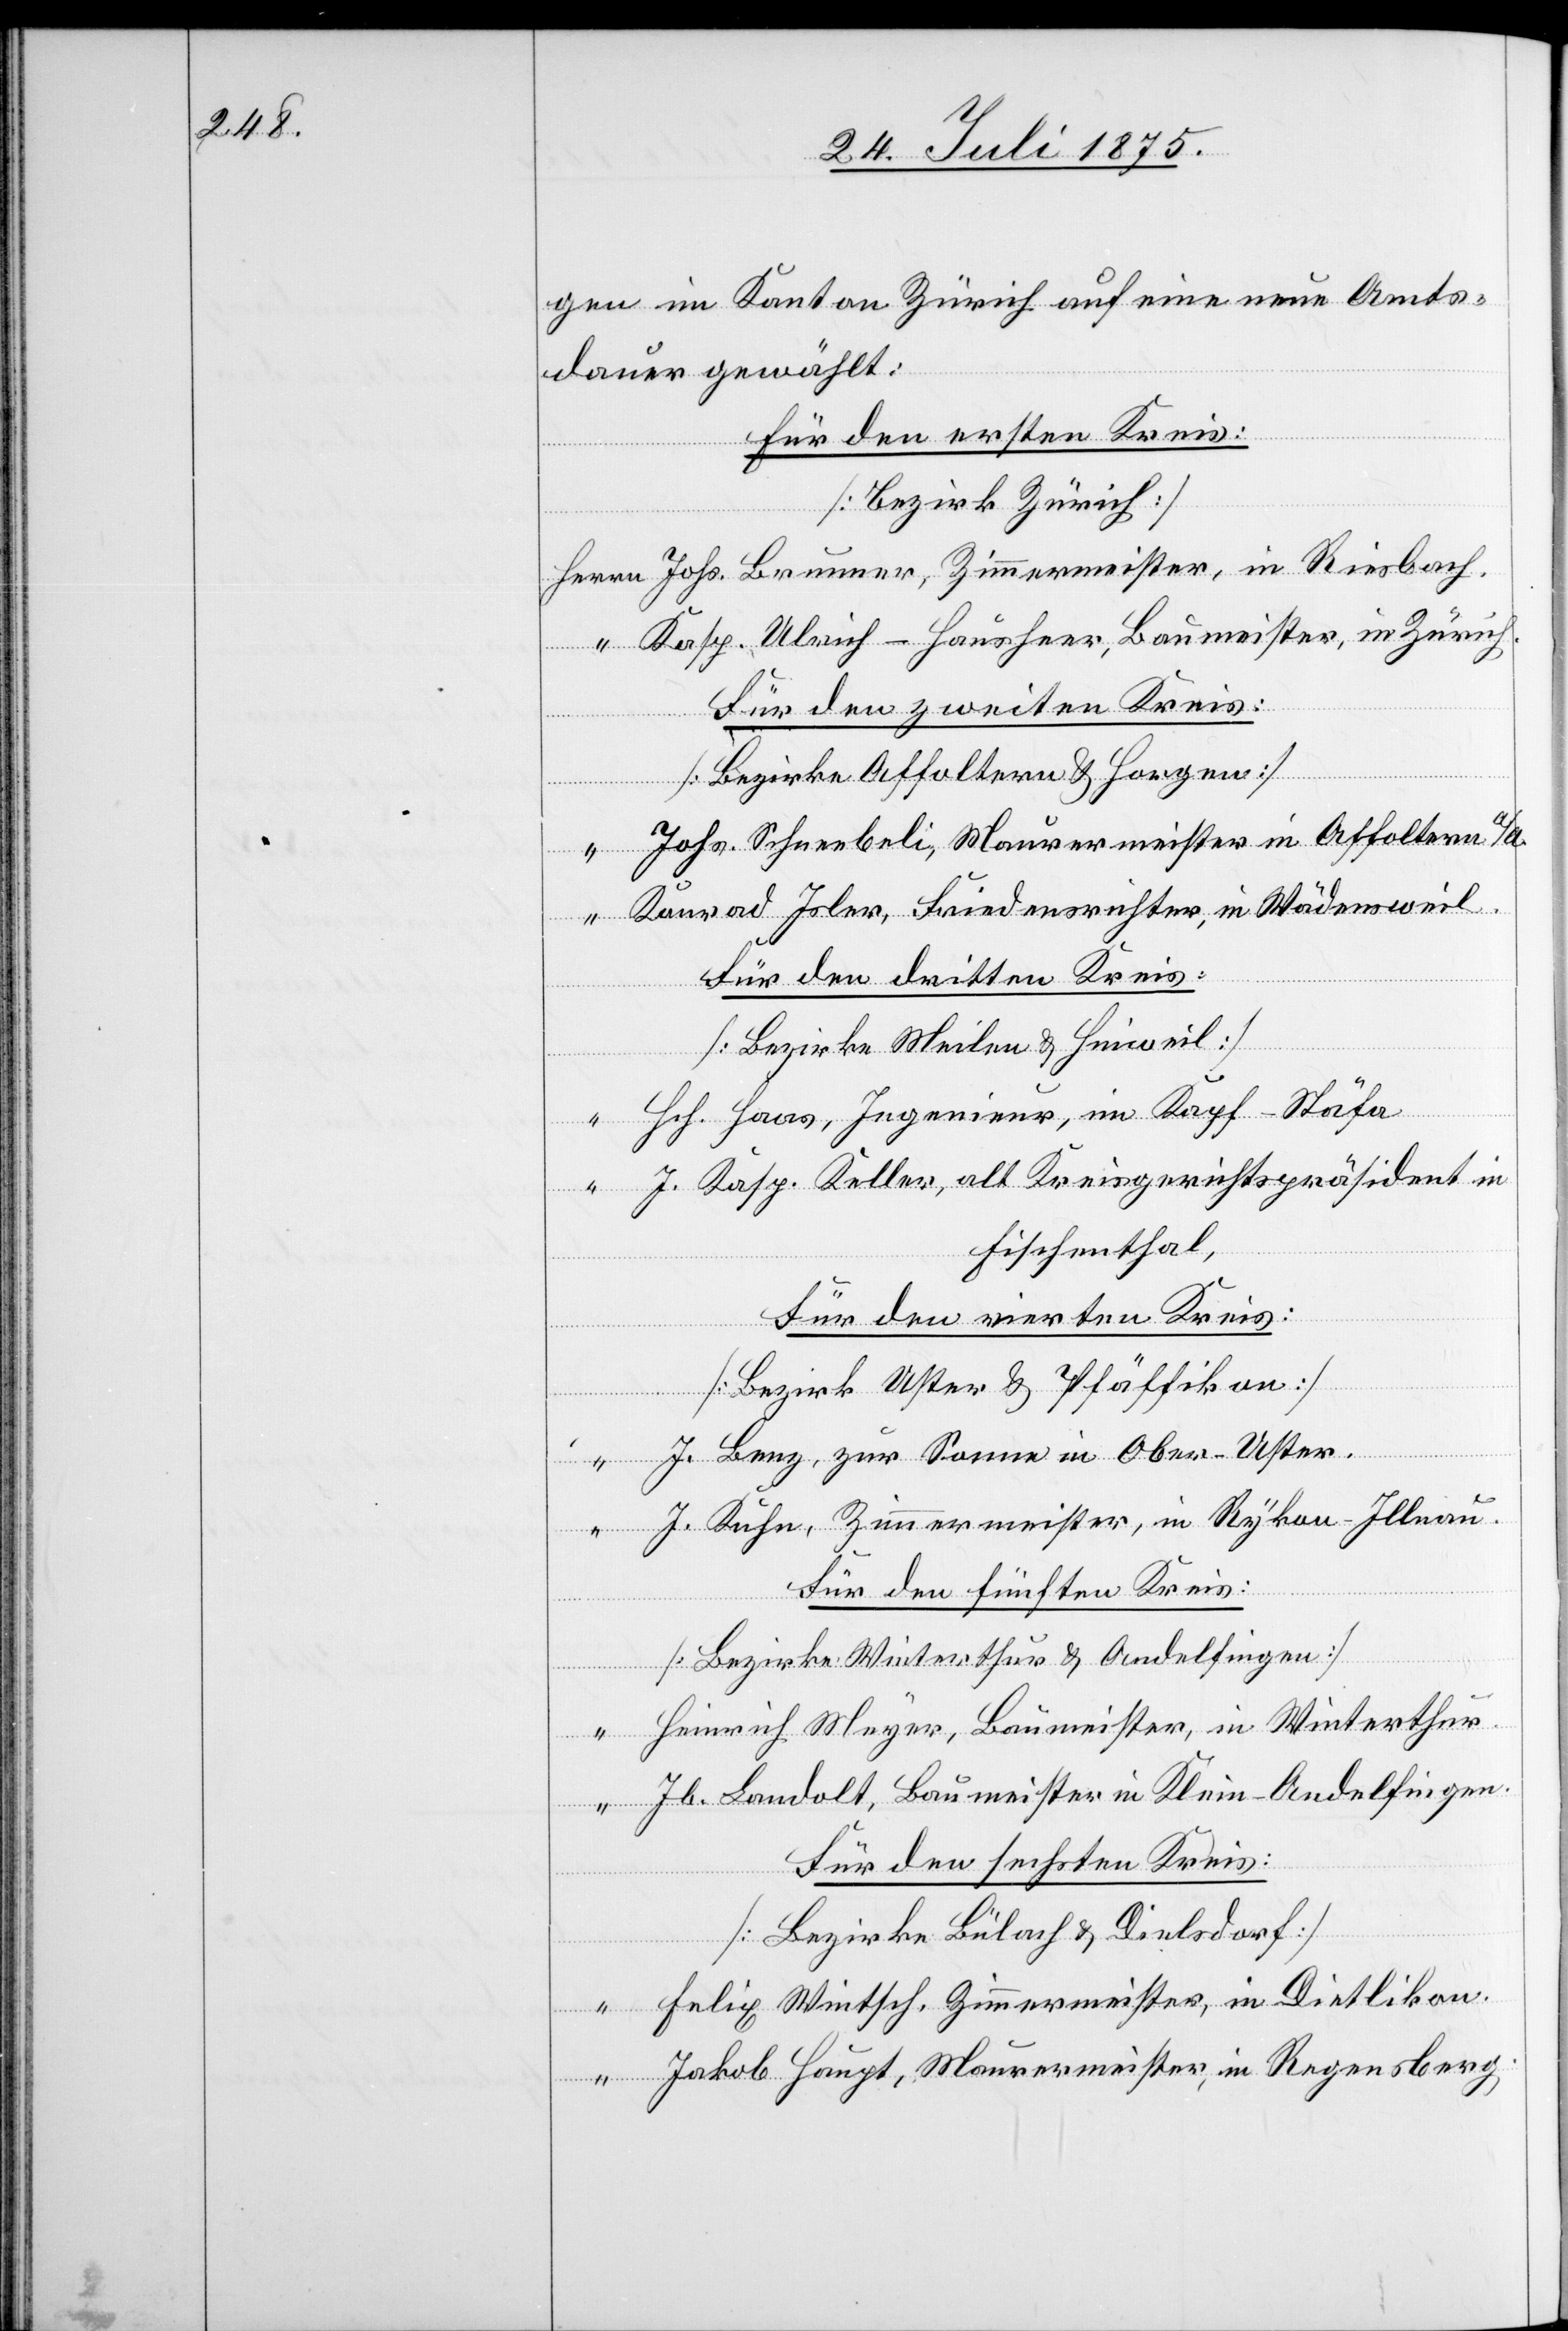
gen im Kanton Zürich auf eine neue Amts¬
dauer gewählt:
für den ersten Kreis:
[Bezirk Zürich]
Herrn Johs. Brunner, Zimmermeister, in Riesbach.
“ Kasp. Ulrich-Hausheer, Baumeister in Zürich.
Für den zweiten Kreis:
[Bezirke Affoltern & Horgen]
“ Johs. Schneebeli, Maurermeister in Affoltern a/A.
“ Konrad Joler, Friedensrichter, in Wädensweil.
Für den dritten Kreis:
[Bezirke Meilen & Hinweil]
“ Hch. Haas, Ingenieur, im Käpf - Stäfa
“ J. Kasp. Keller, alt Kreisgerichtspräsident in
Fischenthal
Für den vierten Kreis:
[Bezirke Uster & Pfäffikon]
“ J. Lenz, zur Sonne in Ober-Uster.
“ J. Kuhn, Zimmermeister, in Rykon - Illnau.
Für den fünften Kreis:
[Bezirke Winterthur & Andelfingen]
“ Heinrich Meyer, Baumeister, in Winterthur.
“ Jb. Landolt, Baumeister in Klein-Andelfingen.
Für den sechsten Kreis:
[Bezirke Bülach & Dielsdorf]
“ Felix Wintsch, Zimmermeister, in Dietlikon.
“ Jakob Haupt, Maurermeister, in Regensberg.